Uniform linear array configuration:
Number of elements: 8
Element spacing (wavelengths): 1
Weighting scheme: hann
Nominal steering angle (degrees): -15
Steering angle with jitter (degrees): -16.041
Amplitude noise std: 0.05
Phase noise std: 0.05

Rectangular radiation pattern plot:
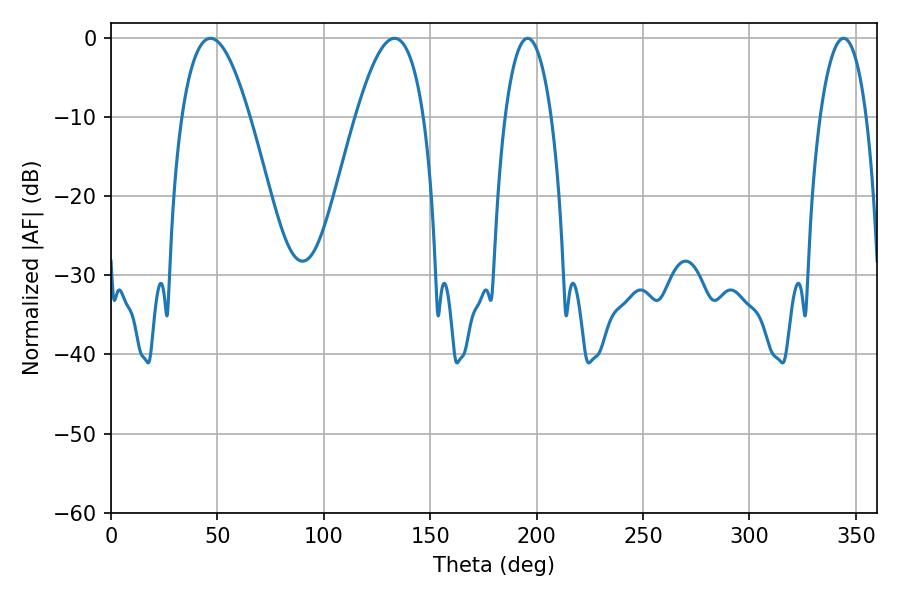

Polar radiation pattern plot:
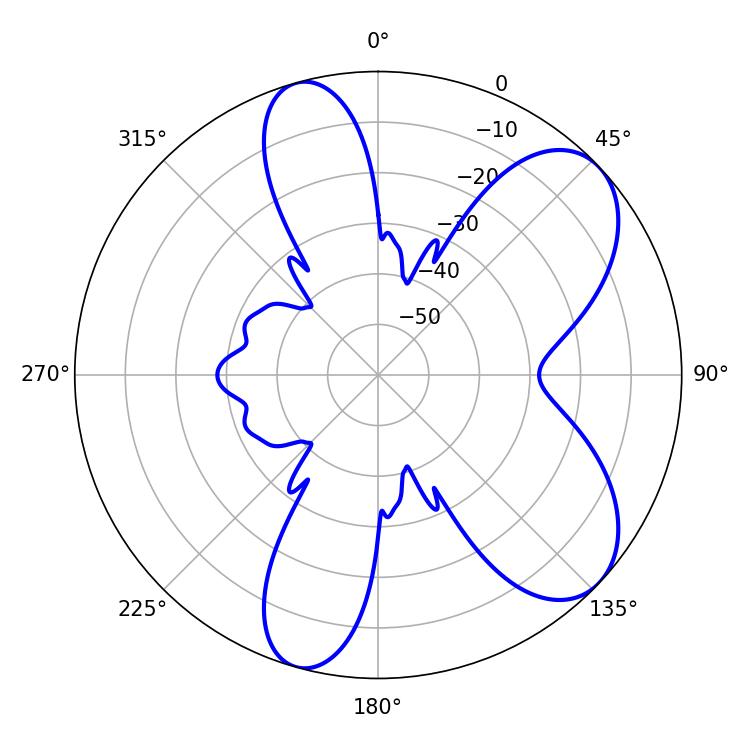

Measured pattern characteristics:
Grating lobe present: TRUE
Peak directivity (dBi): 7.406
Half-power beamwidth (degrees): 17.46
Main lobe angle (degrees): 46.8